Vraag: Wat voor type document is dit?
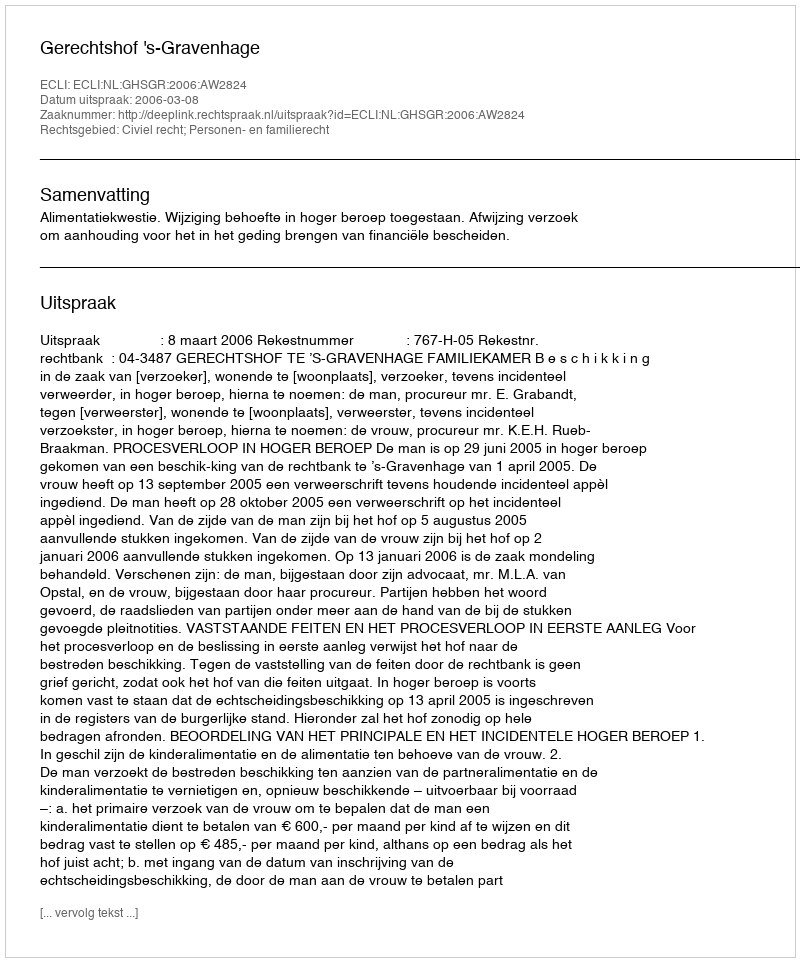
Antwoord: Uitspraak